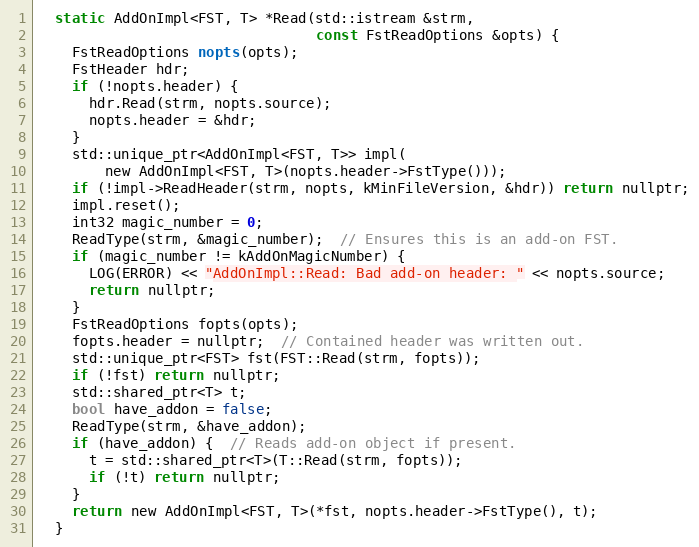
Language: C
  static AddOnImpl<FST, T> *Read(std::istream &strm,
                                 const FstReadOptions &opts) {
    FstReadOptions nopts(opts);
    FstHeader hdr;
    if (!nopts.header) {
      hdr.Read(strm, nopts.source);
      nopts.header = &hdr;
    }
    std::unique_ptr<AddOnImpl<FST, T>> impl(
        new AddOnImpl<FST, T>(nopts.header->FstType()));
    if (!impl->ReadHeader(strm, nopts, kMinFileVersion, &hdr)) return nullptr;
    impl.reset();
    int32 magic_number = 0;
    ReadType(strm, &magic_number);  // Ensures this is an add-on FST.
    if (magic_number != kAddOnMagicNumber) {
      LOG(ERROR) << "AddOnImpl::Read: Bad add-on header: " << nopts.source;
      return nullptr;
    }
    FstReadOptions fopts(opts);
    fopts.header = nullptr;  // Contained header was written out.
    std::unique_ptr<FST> fst(FST::Read(strm, fopts));
    if (!fst) return nullptr;
    std::shared_ptr<T> t;
    bool have_addon = false;
    ReadType(strm, &have_addon);
    if (have_addon) {  // Reads add-on object if present.
      t = std::shared_ptr<T>(T::Read(strm, fopts));
      if (!t) return nullptr;
    }
    return new AddOnImpl<FST, T>(*fst, nopts.header->FstType(), t);
  }